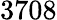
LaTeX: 3708